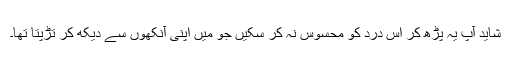
شاید آپ یہ پڑھ کر اس درد کو محسوس نہ کر سکیں جو میں اپنی آنکھوں سے دیکھ کر تڑپتا تھا۔